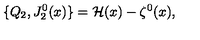
\{ Q _ { 2 } , J _ { 2 } ^ { 0 } ( x ) \} = { \cal H } ( x ) - \zeta ^ { 0 } ( x ) ,